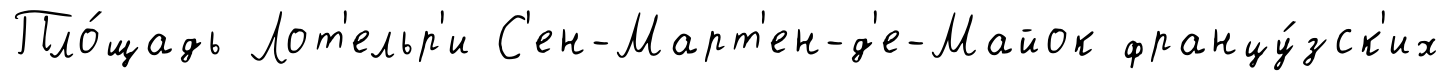
Пло́щадь Лот'ельр'и С'ен-Март'ен-д'е-Майок францу́зск'их